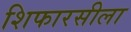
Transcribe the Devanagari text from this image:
शिफारसीला